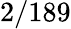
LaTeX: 2/189